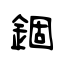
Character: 錮